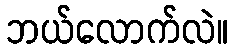
ဘယ်လောက်လဲ။